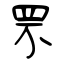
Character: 罘